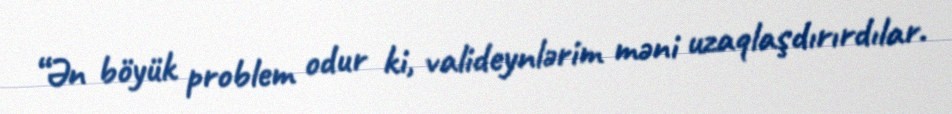
“Ən böyük problem odur ki, valideynlərim məni uzaqlaşdırırdılar.